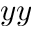
y y